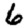
Digit: 6